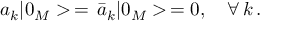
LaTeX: a _ { k } | 0 _ { M } > \, = \, \bar { a } _ { k } | 0 _ { M } > \, = 0 , \quad \forall \, k \, { . }